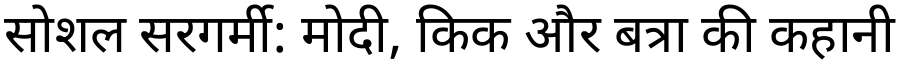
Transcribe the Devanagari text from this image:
सोशल सरगर्मी: मोदी, किक और बत्रा की कहानी